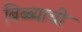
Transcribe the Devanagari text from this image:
बिब्ब्याची